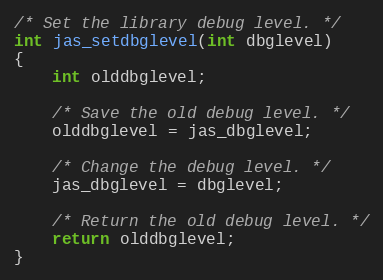
Language: C
/* Set the library debug level. */
int jas_setdbglevel(int dbglevel)
{
    int olddbglevel;

    /* Save the old debug level. */
    olddbglevel = jas_dbglevel;

    /* Change the debug level. */
    jas_dbglevel = dbglevel;

    /* Return the old debug level. */
    return olddbglevel;
}